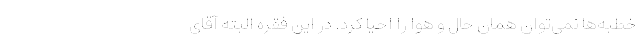
خطبه‌ها نمی‌توان همان حال و هوا را احیا کرد. در این فقره البته آقای